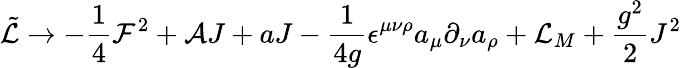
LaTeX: \tilde{{\cal L}}\rightarrow-\frac{1}{4}{\cal F}^{2}+{\cal A}J+aJ-\frac{1}{4g}\epsilon^{\mu\nu\rho}a_{\mu}\partial_{\nu}a_{\rho}+{\cal L}_{M}+\frac{g^{2}}{2}J^{2}